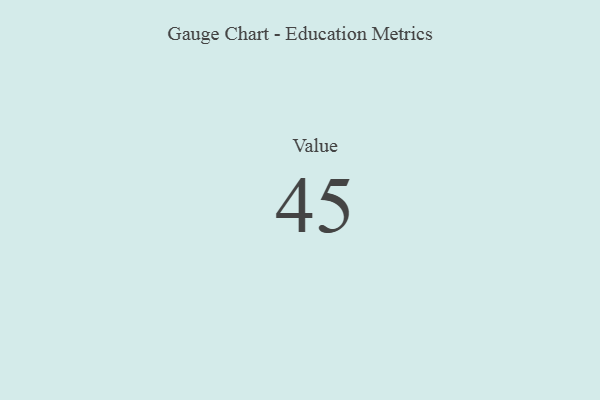
{"axis": {"x": "Metric", "y": "Value"}, "legend": [""], "data": [{"x": "Value", "y": 45, "type": ""}]}